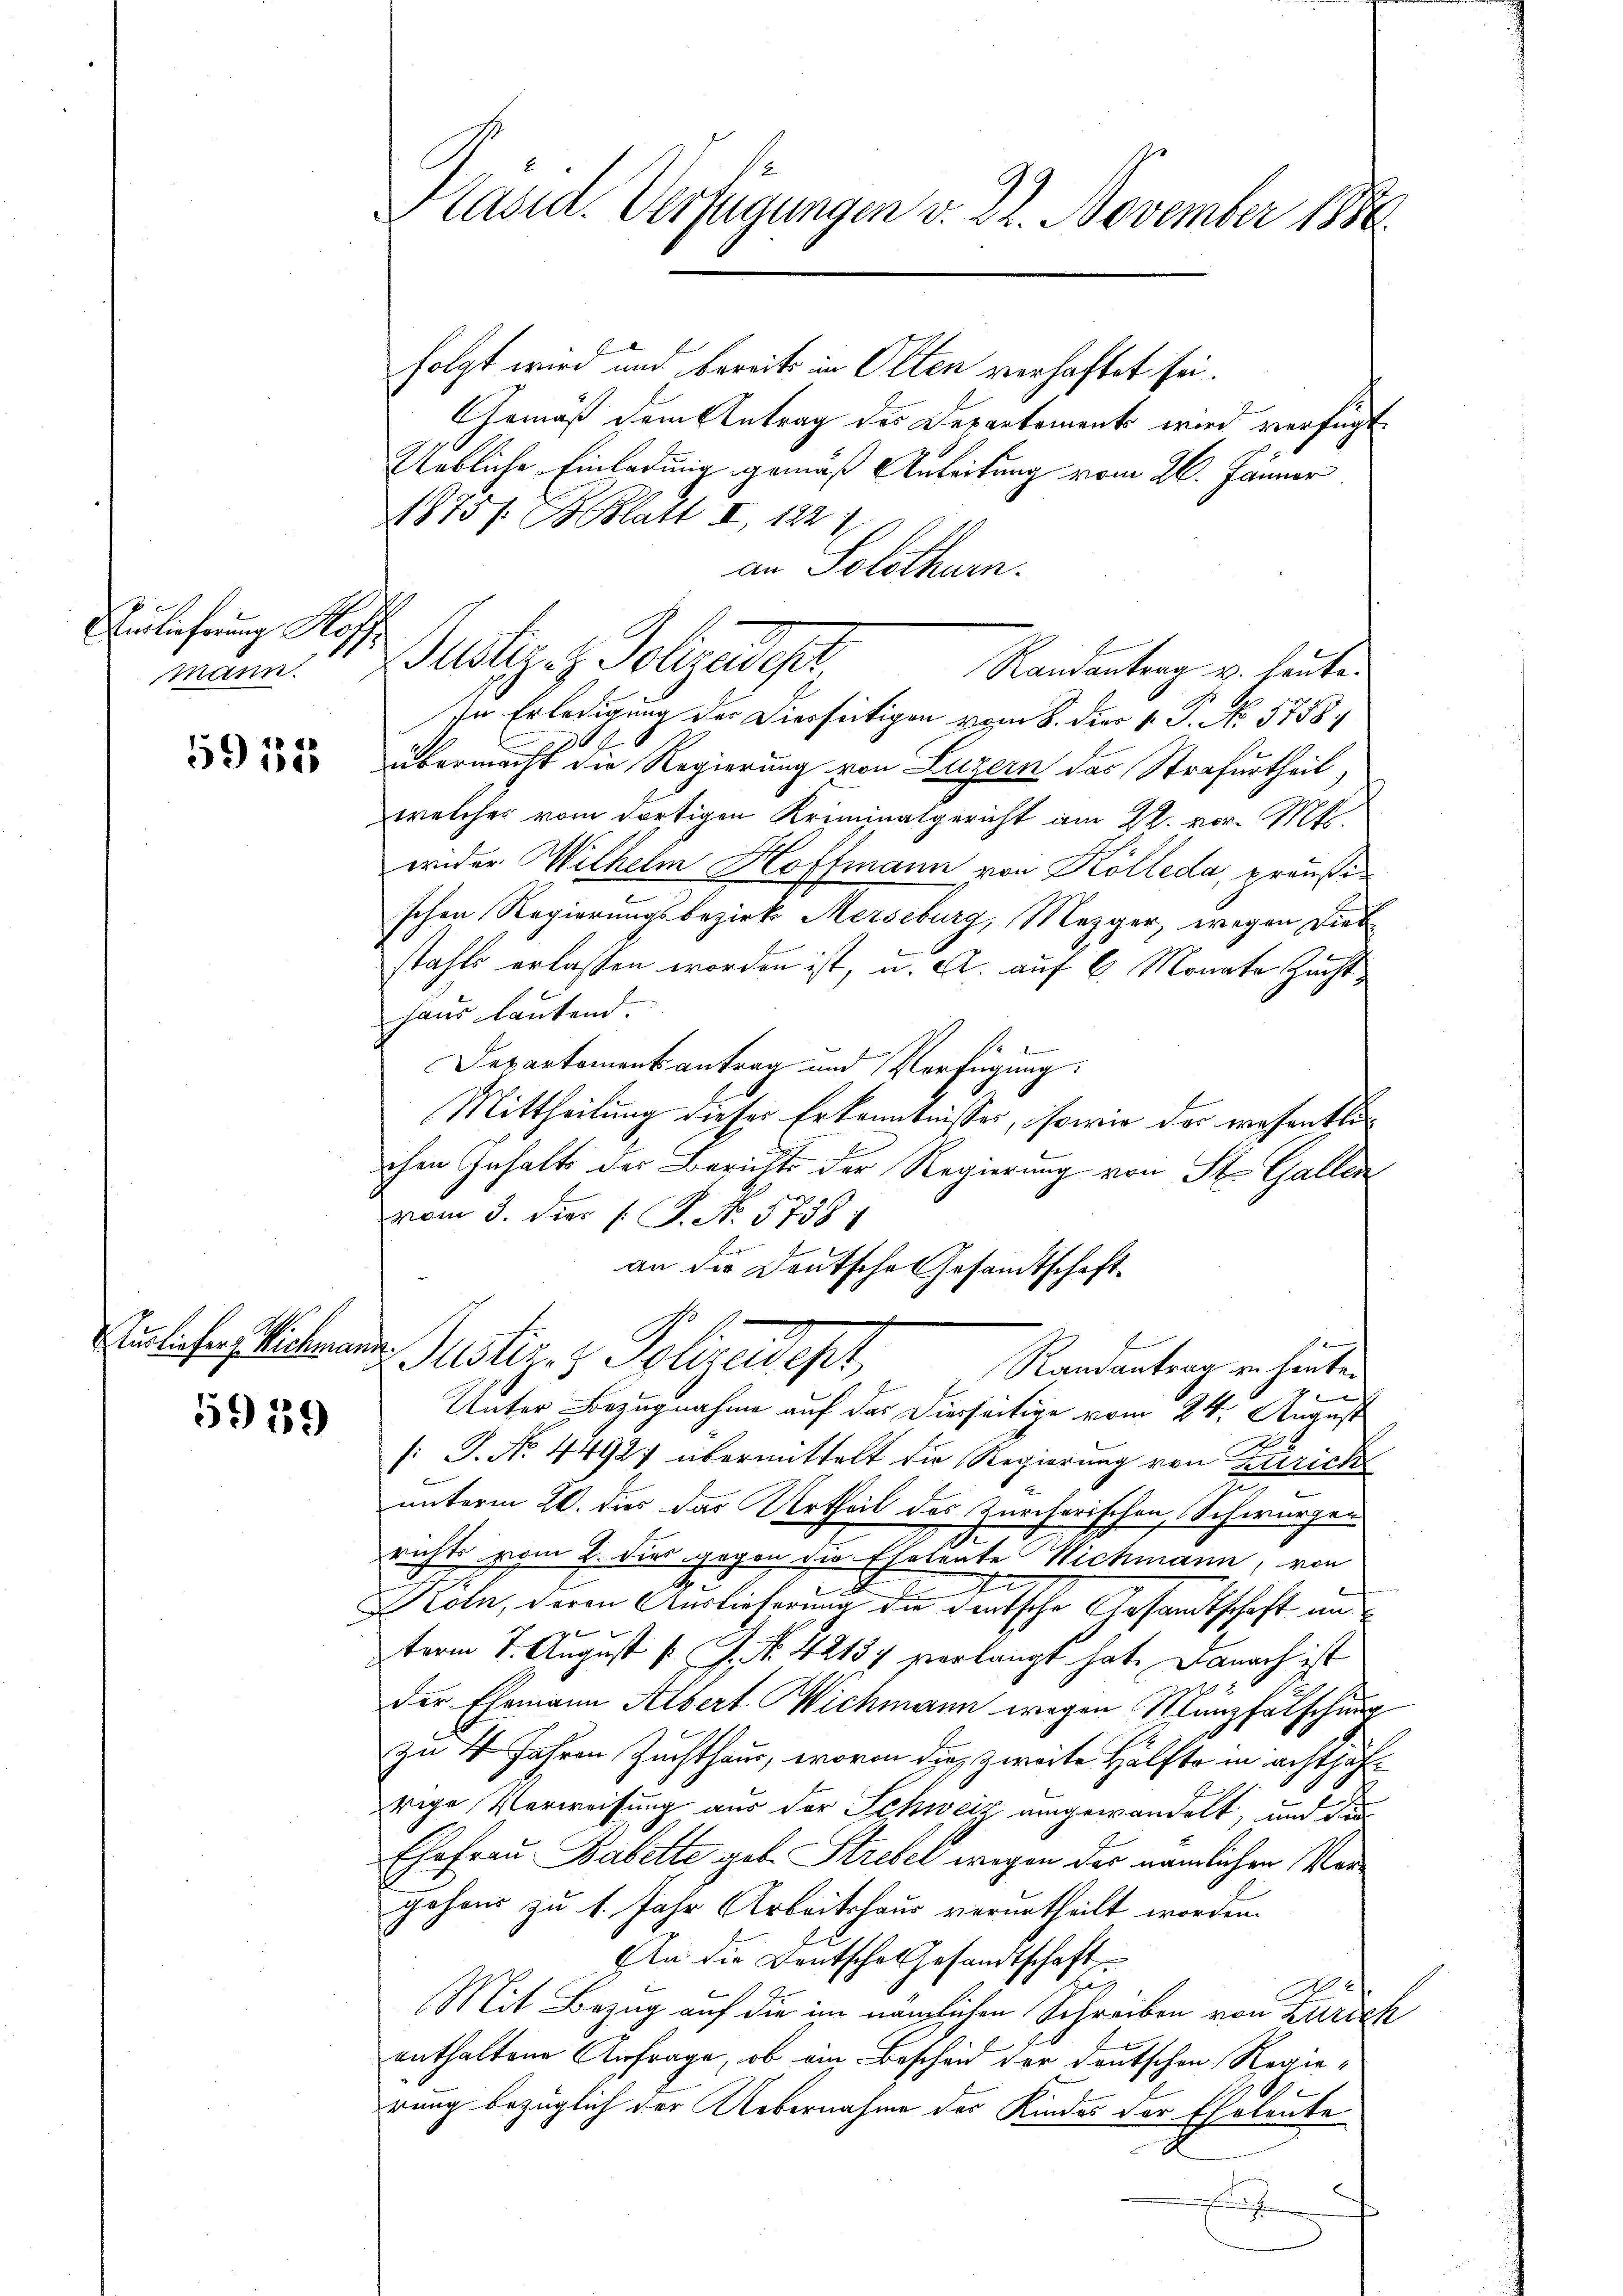
Einlieferung Hoff
Mann.

5958

Ausliefer Kichmann

5959

Präsid. Verfügungen v. 22. November 1880

folgt wird und bereits in Olten verhaftet sei.
Gemäß dem Antrag des Departement wird verfügt:
Uebliche Einladung gemäß Anleitung vom 26. Jänner
1875/ B. Blatt II, 1821
an Solothur.
t
In Erledigung der Diesseitigen vom 8. die 1. J. No 5758
.
übermacht die Regierung von Luzern des Strafurtheil,
welches vom dortigen Kriminalgericht am 22. vor. Mts.
wider Wilhelm Hoffmann von Kolleda, präußischen Regierungsbezirk Merseburg, Mezger, wegen Diebstahls erlassen worden ist, u. A. auf 6 Monate Zuchthaus lautend.
Departementantrag und Verfügung.
Mittheilung dieses Erkenntnisses, sowie das wesentlichen Inhalts der Berichts der Regierung von St. Gallen
vom 3. dies (T. No. 57381
an die Deutsche Gesandtschaftfi
Justiz- & Polizeidigt,
Randantrag zu heute.
Unter Bezugnahme auf das Dierseitige vom 24. August
s: J. No. 4492 übermittelt die Regierung von Zürich
unterm 20. dies das Urtheil des Zürcherischen Schwurzen
richts vom 2. dies gegen die Ehetente Wichmann, von
J
Köln, deren Auslieferung die deutsche Gesandtschaft im
term 7. August v. J. No. 42137 verlangt hat. Danach ist
der Ehemann Albert Wichmann wegen Münzfälschung
zu 4 Jahren Zuchthaus, wovon die zweite Hälfte in achthärige Verweisung aus der Schweiz umgewandelt, und die
Ehefrau Babette geb. Strebel wegen der nämlichen Vorgehens zu 1. Jahr Arbeitshaus verurtheilt worden.
An die Deutsche Gesandtschaft
g
Mit Bezug auf die im nämlichen Schreiben von Zürich
enthaltene Anfrage, ob ein Bescheid vor deutschen Regierung bezüglich der Uebernahme des Kindes der Eheleute
.

Pertiges Polyedept andentrag u. heuten